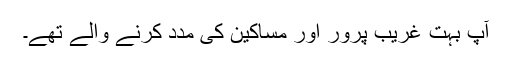
آپ بہت غریب پرور اور مساکین کی مدد کرنے والے تھے۔